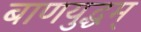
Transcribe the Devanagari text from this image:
बाणयुद्धम्